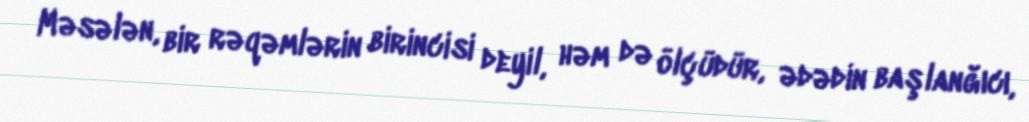
Məsələn, bir rəqəmlərin birincisi deyil, həm də ölçüdür, ədədin başlanğıcı,